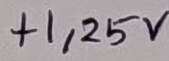
Text: +1,25V